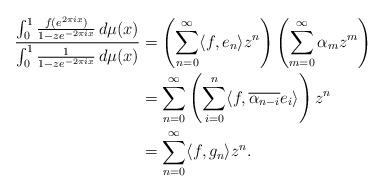
LaTeX: \begin{align*}\frac{\int_{0}^{1}\frac{f(e^{2\pi ix})}{1-ze^{-2\pi ix}}\,d\mu(x)}{\int_{0}^{1}\frac{1}{1-ze^{-2\pi ix}}\,d\mu(x)}&=\left(\sum_{n=0}^{\infty}\langle f,e_n\rangle z^n\right)\left(\sum_{m=0}^{\infty}\alpha_mz^m\right)\\&=\sum_{n=0}^{\infty}\left(\sum_{i=0}^{n}\langle f,\overline{\alpha_{n-i}}e_i\rangle\right)z^n\\&=\sum_{n=0}^{\infty}\langle f,g_n\rangle z^n.\end{align*}